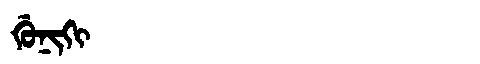
Manchu: ᡤᡠᠨᡳᡴᡳ
Romanization: GUNIKI